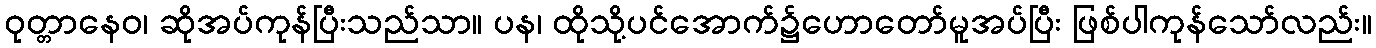
ဝုတ္တာနေဝ၊ ဆိုအပ်ကုန်ပြီးသည်သာ။ ပန၊ ထိုသို့ပင်အောက်၌ဟောတော်မူအပ်ပြီး ဖြစ်ပါကုန်သော်လည်း။